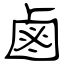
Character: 鹵